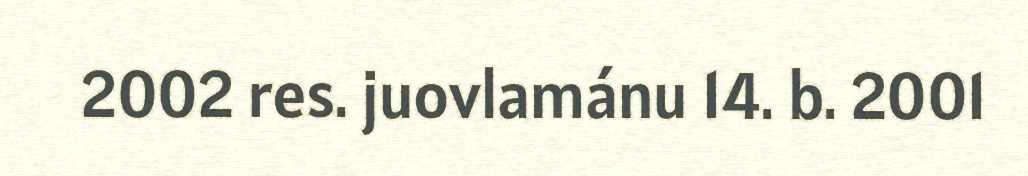
2002 res. juovlamánu 14. b. 2001